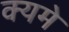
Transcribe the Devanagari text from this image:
क्यमे